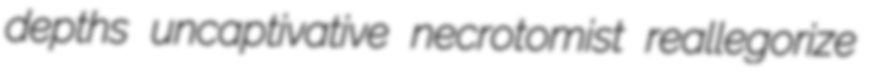
depths uncaptivative necrotomist reallegorize